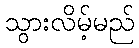
သွားလိမ့်မည်